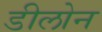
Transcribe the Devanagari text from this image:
डीलोन